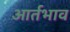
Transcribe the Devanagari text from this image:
आर्तभाव